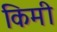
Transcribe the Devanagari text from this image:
किमी